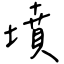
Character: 墳